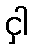
ငှါ